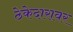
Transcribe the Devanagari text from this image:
ठेकेदारावर